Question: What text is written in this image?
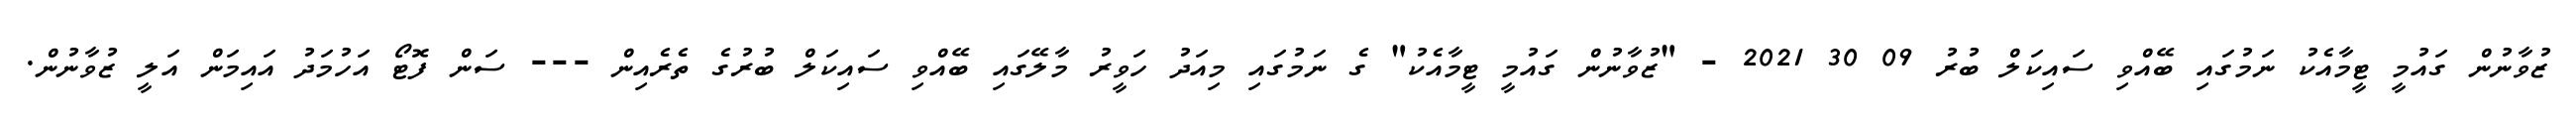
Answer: ޒުވާނުން ގައުމީ ޓީމާއެކު ނަމުގައި ބޭއްވި ސައިކަލް ބުރު 09 30 2021 - "ޒުވާނުން ގައުމީ ޓީމާއެކު" ގެ ނަމުގައި މިއަދު ހަވީރު މާލޭގައި ބޭއްވި ސައިކަލް ބުރުގެ ތެރެއިން --- ސަން ފޮޓޯ އަހުމަދު އައިމަން އަލީ ޒުވާނުން.